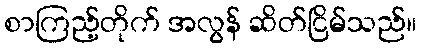
စာကြည့်တိုက် အလွန် ဆိတ်ငြိမ်သည်။